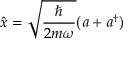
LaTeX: { \hat { x } } = { \sqrt { \frac { \hbar } { 2 m \omega } } } ( a + a ^ { \dagger } )